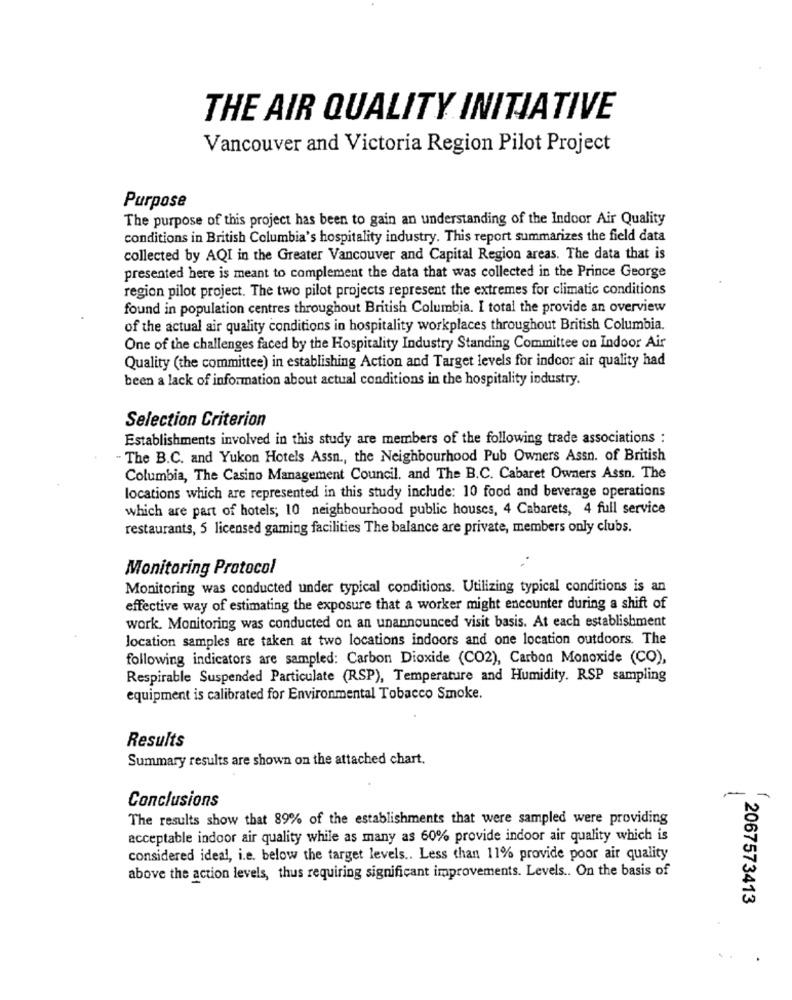
THE AIR QUALITY INITIATIVE
Vancouver and Victoria Region Pilot Project
Purpose
The purpose of this project has been to gain an understanding of the Indoor Air Quality
conditions in British Columbia's hospitality industry. This report summarizes the field data
collected by AQI in the Greater Vancouver and Capital Region areas. The data that is
presented here is meant to complement the data that was collected in the Prince George
region pilot project. The two pilot projects represent the extremes for climatic conditions
found in population centres throughout British Columbia. I total the provide an overview
of the actual air quality conditions in hospitality workplaces throughout British Columbia.
One of the challenges faced by the Hospitality Industry Standing Committee on Indoor Air
Quality (the committee) in establishing Action and Target levels for indoor air quality had
been a lack of information about actual conditions in the hospitality industry.
Selection Criterion
Establishments involved in this study are members of the following trade associations :
-The B.C. and Yukon Hotels Assn ., the Neighbourhood Pub Owners Assn. of British
Columbia, The Casino Management Council. and The B.C. Cabaret Owners Assn. The
locations which are represented in this study include: 10 food and beverage operations
which are part of hotels; 10 neighbourhood public houses, 4 Cabarets, 4 full service
restaurants, 5 licensed gaming facilities The balance are private, members only clubs.
Monitoring Protocol
Monitoring was conducted under typical conditions. Utilizing typical conditions is an
effective way of estimating the exposure that a worker might encounter during a shift of
work. Monitoring was conducted on an unannounced visit basis. At each establishment
location samples are taken at two locations indoors and one location outdoors. The
following indicators are sampled: Carbon Dioxide (CO2), Carbon Monoxide (CO),
Respirable Suspended Particulate (RSP), Temperature and Humidity. RSP sampling
equipment is calibrated for Environmental Tobacco Smoke.
Results
Summary results are shown on the attached chart.
-
Conclusions
-
The results show that 89% of the establishments that were sampled were providing
acceptable indoor air quality while as many as 60% provide indoor air quality which is
considered ideal, i.e. below the target levels .. Less than 11% provide poor air quality
above the action levels, thus requiring significant improvements. Levels .. On the basis of
2067573413